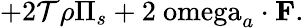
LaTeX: +2\mathcal{T}\rho\Pi_{s}+2\mathrm{{\ omega}}_{a}\cdot\mathbf{{F}}.